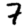
Digit: 7